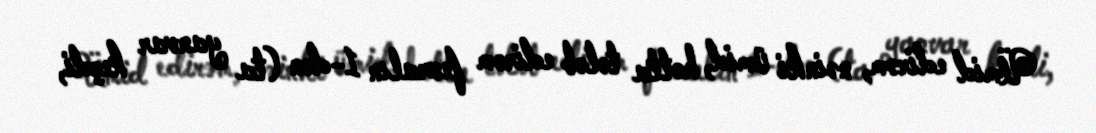
Ümid edirəm, nəinki ümid, hətta tələb edirəm fevralın 1-dən (ta yanvar keçdi,